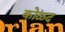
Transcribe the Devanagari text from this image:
कोळद